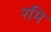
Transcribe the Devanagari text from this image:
रमि